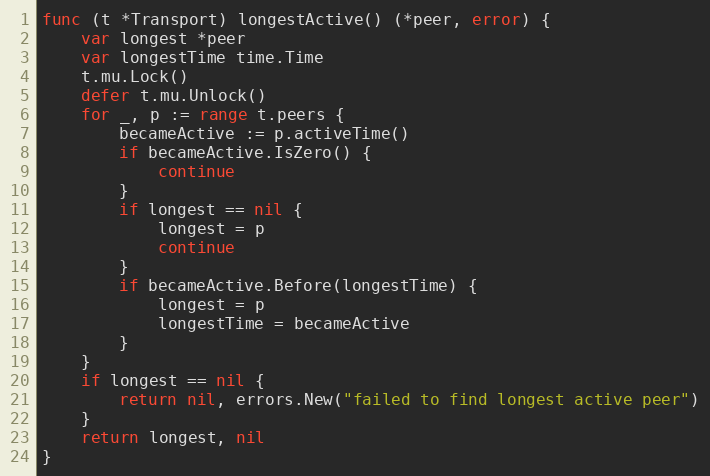
Language: Go
func (t *Transport) longestActive() (*peer, error) {
	var longest *peer
	var longestTime time.Time
	t.mu.Lock()
	defer t.mu.Unlock()
	for _, p := range t.peers {
		becameActive := p.activeTime()
		if becameActive.IsZero() {
			continue
		}
		if longest == nil {
			longest = p
			continue
		}
		if becameActive.Before(longestTime) {
			longest = p
			longestTime = becameActive
		}
	}
	if longest == nil {
		return nil, errors.New("failed to find longest active peer")
	}
	return longest, nil
}